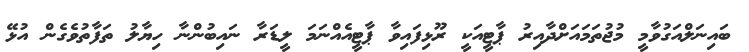
ބައިނަލްއަގުވާމީ މުޖުތަމައަށްދާއިރު ޕާޓީއަކީ ރޫޅިފައިވާ ޕާޓީއެއްނަމަ ލީޑަރާ ނައިބުންނާ ހިޔާލު ތަފާތުވެގެން އުޅޭ